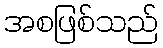
အစဖြစ်သည်